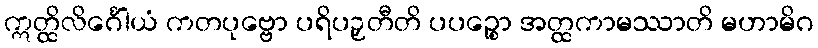
ဣတ္ထိလိင်္ဂေါယံ ကတပုဗ္ဗော ပရိပဉှတီတိ ပပဉ္စော အတ္ထကာမဿာတိ မဟာမိဂ